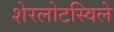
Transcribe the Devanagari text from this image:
शेरलोटस्विले